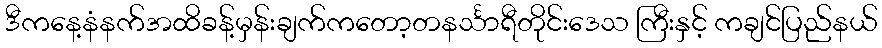
ဒီကနေ့နံနက်အထိခန့်မှန်းချက်ကတော့တနင်္သာရီတိုင်းဒေသ ကြီးနှင့် ကချင်ပြည်နယ်